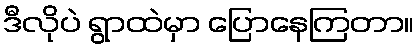
ဒီလိုပဲ ရွာထဲမှာ ပြောနေကြတာ။